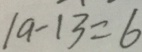
1 9 - 1 3 = 6